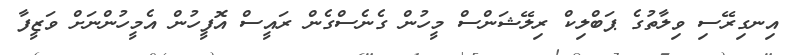
އިނގިރޭސި ވިލާތުގެ ޕަބްލިކް ރިލޭޝަންސް މީހުން ގެނެސްގެން ރައީސް އޮފީހުން އެމީހުންނަށް ވަޒީފާ